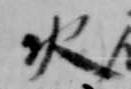
火